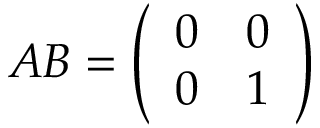
A B = { \left( \begin{array} { l l } { 0 } & { 0 } \\ { 0 } & { 1 } \end{array} \right) }